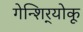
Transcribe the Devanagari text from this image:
गेन्शिर्‍योकू